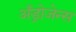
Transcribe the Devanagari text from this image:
अँड्रोजेन्स